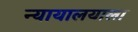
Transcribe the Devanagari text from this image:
न्यायालयाला